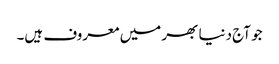
جو آج دنیا بھر میں معروف ہیں۔